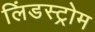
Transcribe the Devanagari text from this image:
लिंडस्ट्रोम